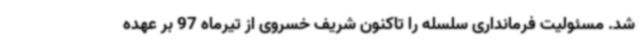
شد. مسئولیت فرمانداری سلسله را تاکنون شریف خسروی از تیرماه 97 بر عهده